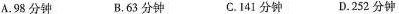
A.98分钟 B.63分钟 C.I41分钟 D.252分钟